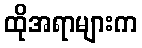
ထိုအရာများက